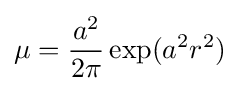
\mu ={\frac {a^{2}}{2\pi }}\exp(a^{2}r^{2})